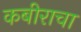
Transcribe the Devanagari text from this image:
कबीराचा